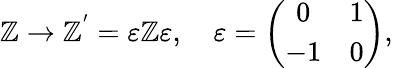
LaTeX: \mathbb{Z}\rightarrow\mathbb{Z}^{'}=\varepsilon\mathbb{Z}\varepsilon,\quad\varepsilon=\left(\begin{array}{crc}{{0}}&{{1}}\\ {{-1}}&{{0}}\end{array}\right),